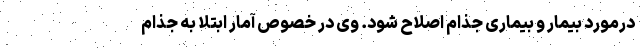
درمورد بیمار و بیماری جذام اصلاح شود. وی در خصوص آمار ابتلا به جذام